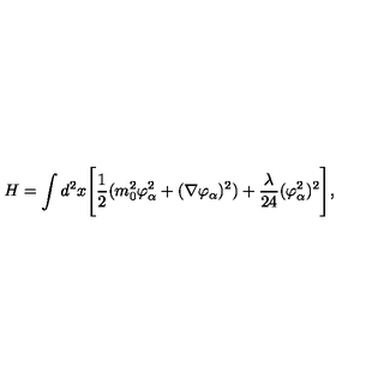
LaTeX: H = \int d ^ { 2 } x \Biggl [ { \frac { 1 } { 2 } } ( m _ { 0 } ^ { 2 } \varphi _ { \alpha } ^ { 2 } + ( \nabla \varphi _ { \alpha } ) ^ { 2 } ) + { \frac { \lambda } { 2 4 } } ( \varphi _ { \alpha } ^ { 2 } ) ^ { 2 } \Biggr ] , \,